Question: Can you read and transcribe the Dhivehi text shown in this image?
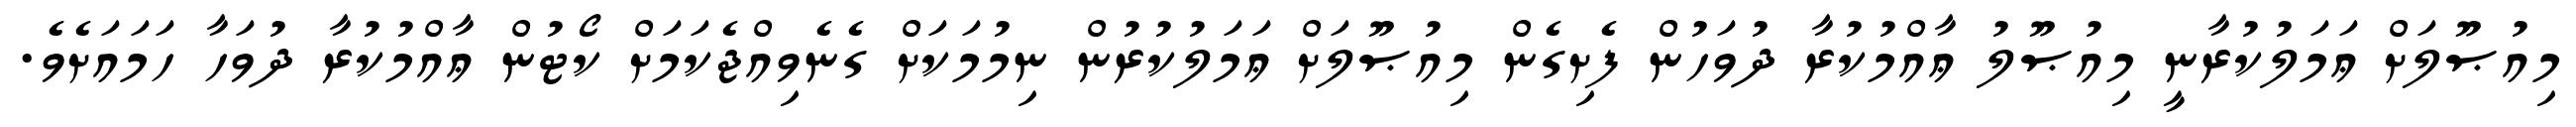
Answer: މިއުޞޫލަށް ޢަމަލުކުރާނީ މިއުޞޫލު ޢާއްމުކުރާ ދުވަހުން ފެށިގެން މިއުޞޫލަށް ޢަމަލުކުރުން ނިމުމަކަށް ގެނެވިއްޖެކަމަށް ކޯޓުން ޢާއްމުކުރާ ދުވަހާ ހަމައަށެވެ.